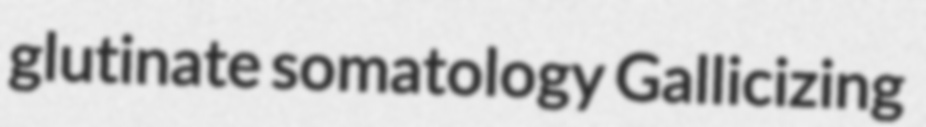
glutinate somatology Gallicizing